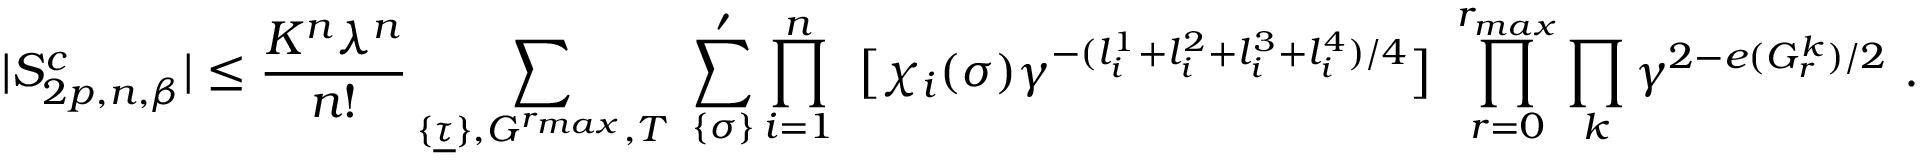
| S _ { 2 p , n , \beta } ^ { c } | \le { \frac { K ^ { n } \lambda ^ { n } } { n ! } } \sum _ { \{ \underline { \tau } \} , { \cal G } ^ { r _ { m a x } } , { \cal T } } \ \sum _ { \{ { \sigma } \} } ^ { \prime } \prod _ { i = 1 } ^ { n } \ \big [ \chi _ { i } ( { \sigma } ) \gamma ^ { - ( l _ { i } ^ { 1 } + l _ { i } ^ { 2 } + l _ { i } ^ { 3 } + l _ { i } ^ { 4 } ) / 4 } \big ] \ \prod _ { r = 0 } ^ { r _ { m a x } } \prod _ { k } \gamma ^ { 2 - e ( G _ { r } ^ { k } ) / 2 } \ .